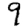
Digit: 9